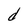
Character: d